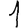
Digit: 1